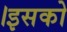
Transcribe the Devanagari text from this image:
।इसको